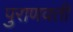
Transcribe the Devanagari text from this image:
पुराणवती